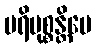
ပရိမုစ္စန္တိပေ